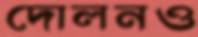
দোলনও